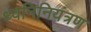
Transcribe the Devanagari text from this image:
ध्वनिनियंत्रण